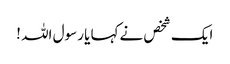
ایک شخص نےکہا یا رسول اللہ !